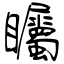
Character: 矚